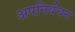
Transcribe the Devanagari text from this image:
अपनिर्वचन